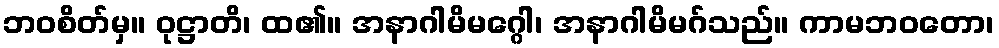
ဘဝစိတ်မှ။ ဝုဋ္ဌာတိ၊ ထ၏။ အနာဂါမိမဂ္ဂေါ၊ အနာဂါမိမဂ်သည်။ ကာမဘဝတော၊